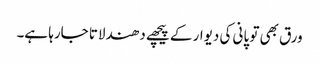
ورق بھی تو پانی کی دیوار کے پیچھے دھندلاتا جارہا ہے۔